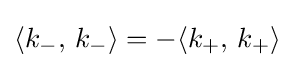
\langle k_{-},\,k_{-}\rangle =-\langle k_{+},\,k_{+}\rangle